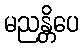
မညန္တိပေ